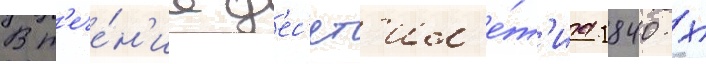
В т'ече́н'ие д'ес'ят'ил'е́т'иа 1840-х